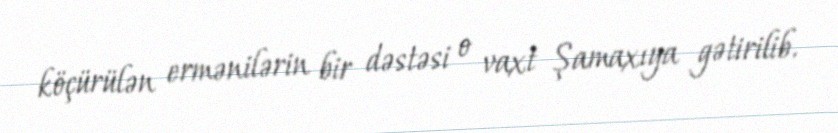
köçürülən ermənilərin bir dəstəsi o vaxt Şamaxıya gətirilib.